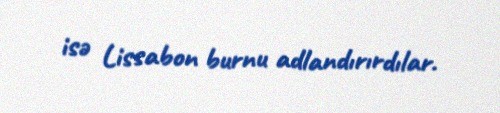
isə Lissabon burnu adlandırırdılar.